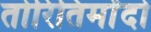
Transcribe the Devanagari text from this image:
तोरितिमोंदो